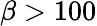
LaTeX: \beta>100